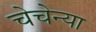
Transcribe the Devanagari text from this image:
चेचेन्या